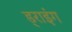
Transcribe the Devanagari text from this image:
ड्राइंंग